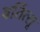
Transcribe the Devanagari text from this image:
बर्तित्सू